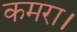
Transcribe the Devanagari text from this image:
कमरा।